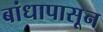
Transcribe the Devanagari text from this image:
बांधापासून